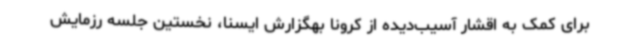
برای کمک به اقشار آسیب‌دیده از کرونا بهگزارش ایسنا، نخستین جلسه رزمایش